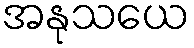
အနုသယေ